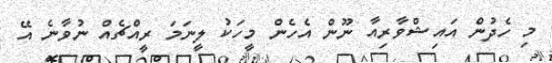
މި ހެދުން އައިޝްވާރިއާ ނޫން އެހެން މީހަކު ލީނަމަ ރީއްޗެއް ނުވާނެ އޭ